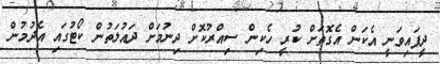
ދީފައިވަނީ އެކަން އެގޮތަށް ކުރީ ހެކިން ސިއްރުކޮށް ދިނުމަށް ދައުލަތުން ކޯޓުގައި އެދުމުން